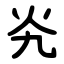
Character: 㶢